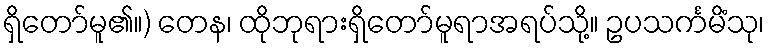
ရှိတော်မူ၏။) တေန၊ ထိုဘုရားရှိတော်မူရာအရပ်သို့။ ဥပသင်္ကမိံသု၊